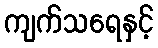
ကျက်သရေနှင့်